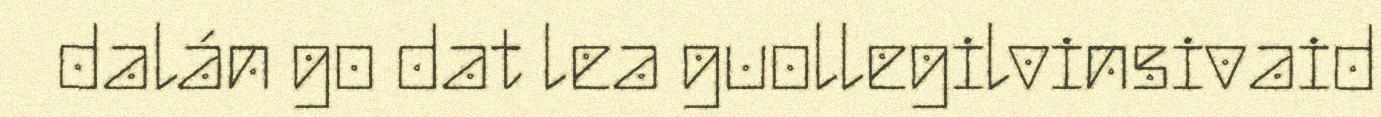
dalán go dat lea guollegilvinsivaid